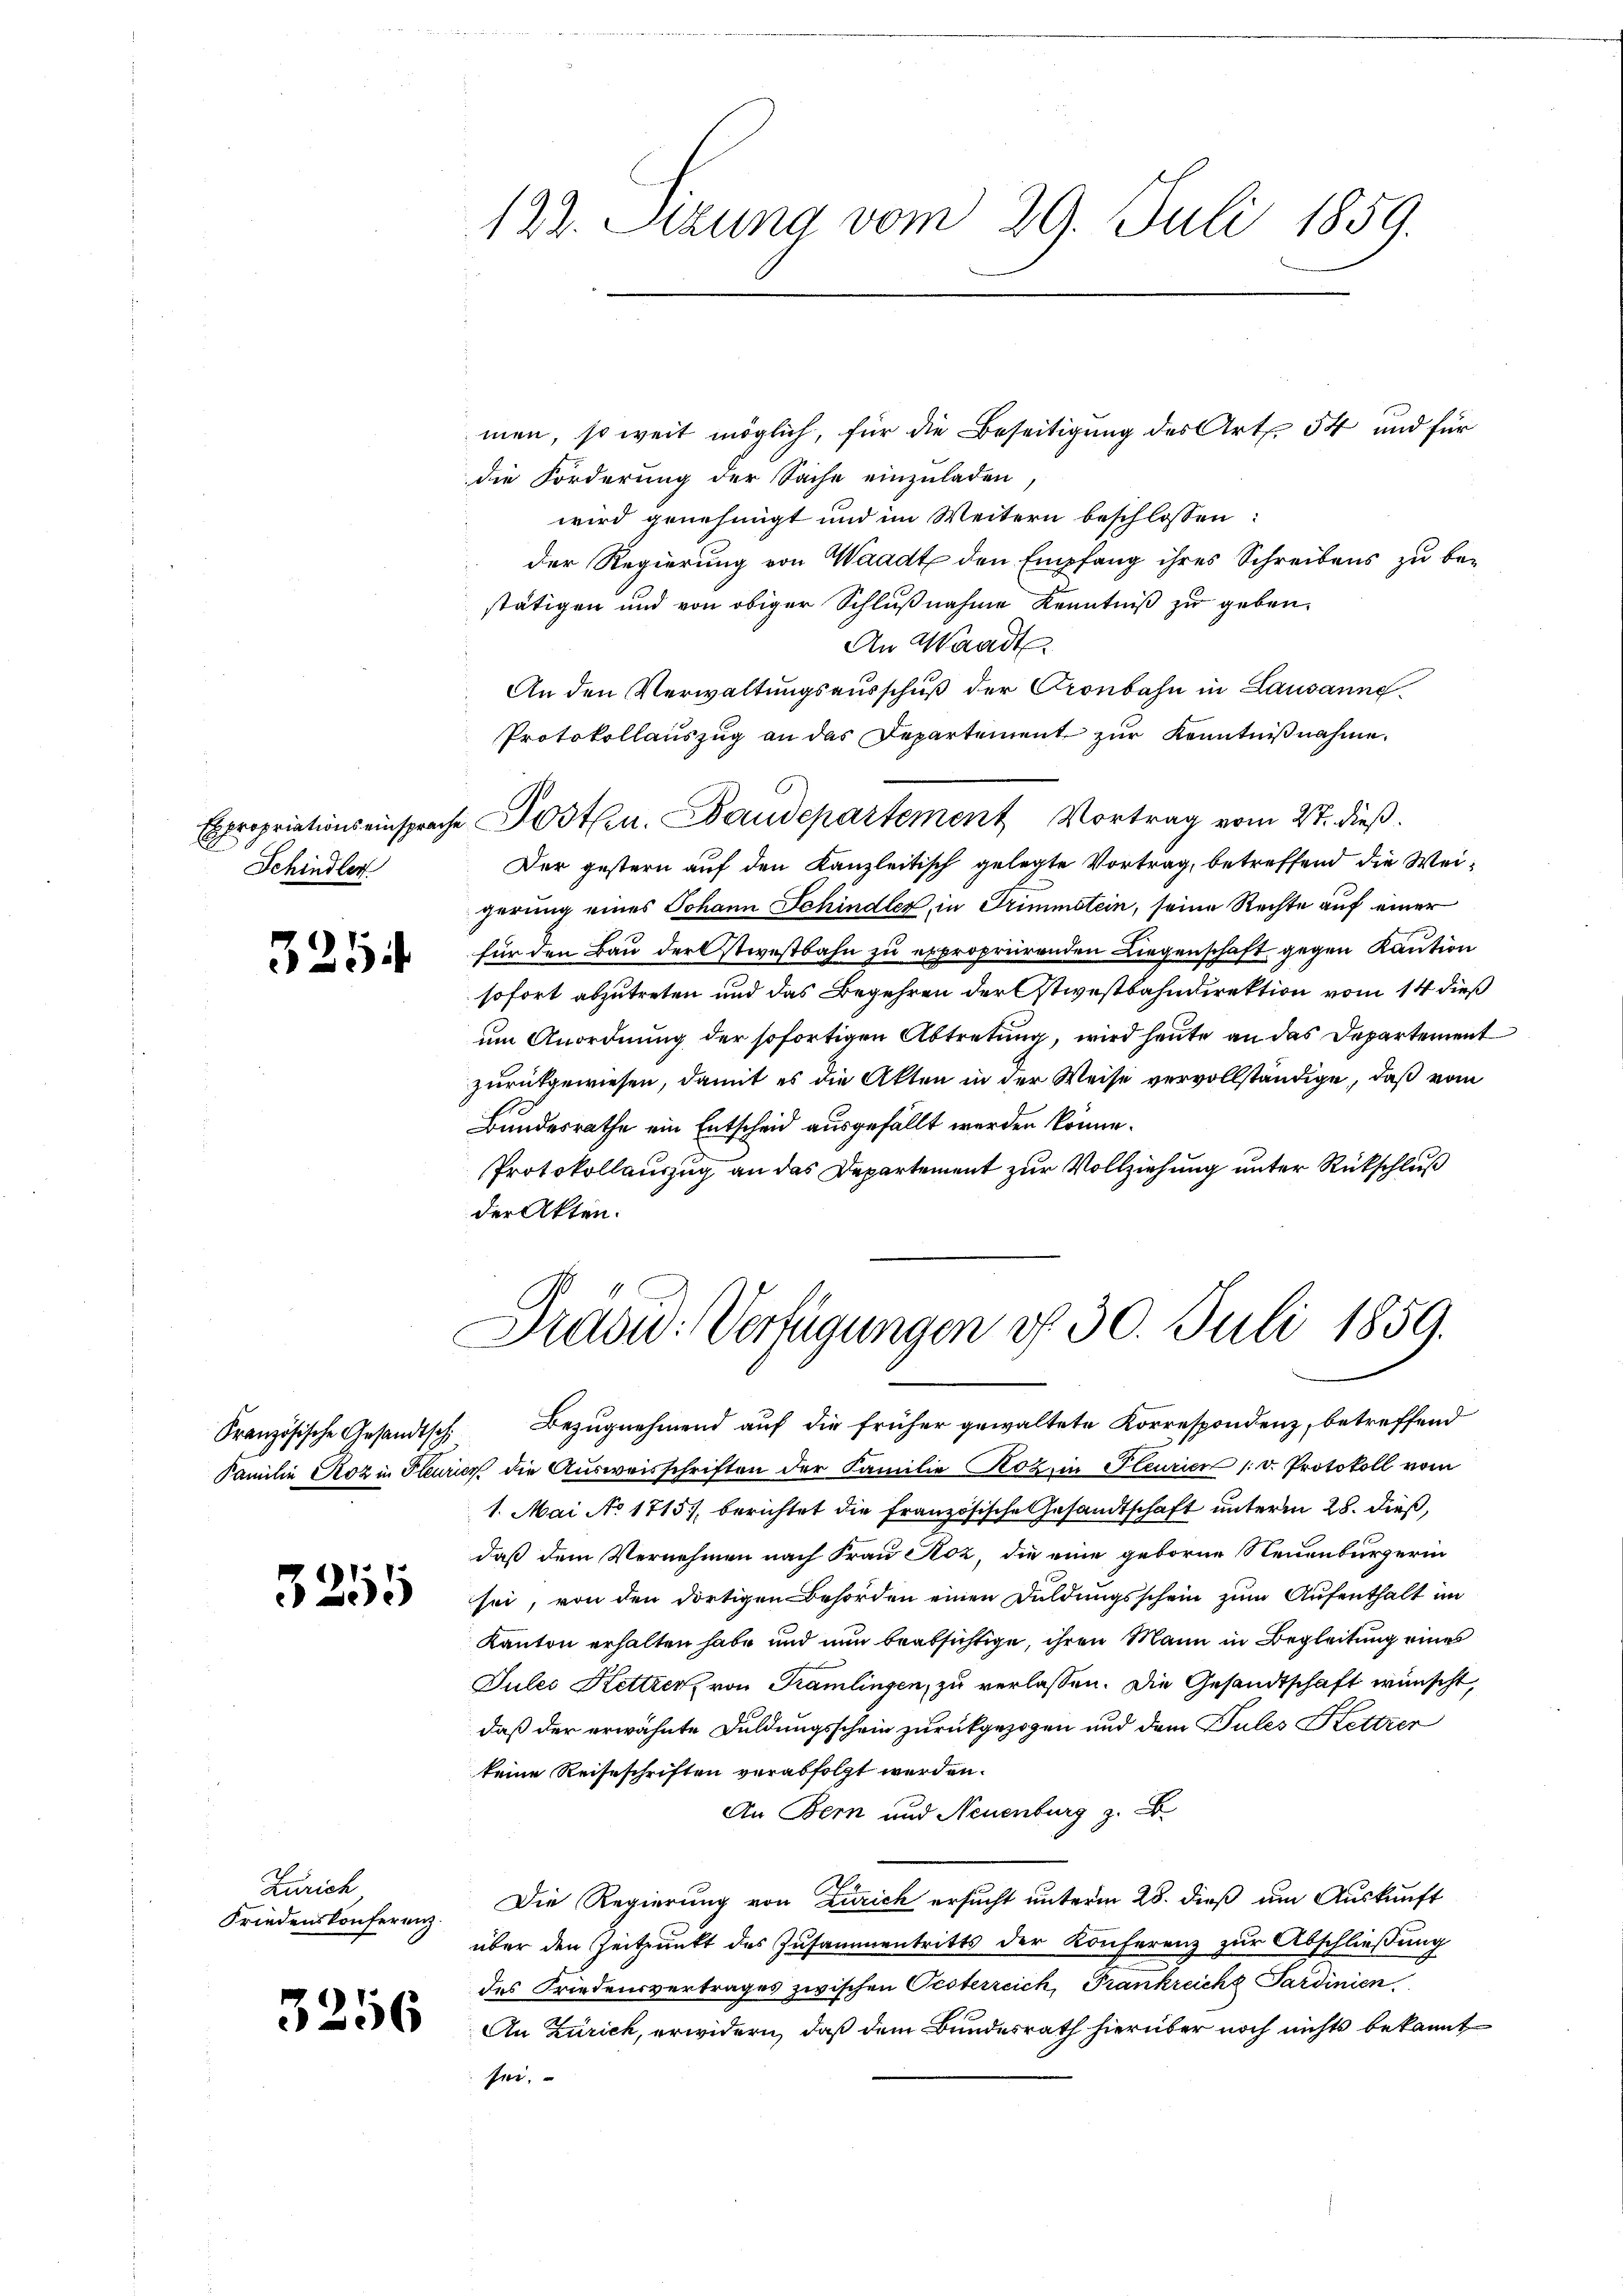
Schindler

3254

32115

Zürich
Friedenskonferenz.

3256

122. Setzung vom 29. Juli 1859.

men, so weit möglich, für die Beseitigung des Art. 54 und für
die Forderung der Sache einzuladen
wird genehmigt und im Weitern beschlossen:
 der Regierung von Waadt den Empfang ihres Schreibens zu be-
stätigen und von obiger Schlußnahme Kenntniß zu geben.
An Waadt
An den Verwaltungsausschuß der Gronbahn in Lausanne
Protokollauszug an das Departement zur Kenntnißnahme.
Expropriationseinsprache Posten. Baudepartement Vortrag vom 27. dieß.
Der gestern auf den Kanzleitisch gelegte Vortrag, betreffend die Weigerung eines Johann Schindler, in Trimmstein, seine Rechte auf einer
für den Bau der stiestbahn zu exproprirenden Liegenschaft gegen Kaution
sofort abzutreten und das Begehren der Ostwestbahndirektion vom 14 dieß
um Anordnung der sofortigen Abtretung, wird heute an das Departement
zurückgewiesen, damit es die Akten in der Weise vervollständige, daß vom
Bundesrathe ein Entscheid ausgefällt werden könne.
Protokollauszug an das Departement zur Vollziehung unter Rückschluß
der Akten.

Drdou: Verfügungen d. 30. Juli 1859.

Französische Gesandtsch. Bezugnehmend auf die früher gewaltete Korrespondenz, betreffend
Familie Koz in Florier die Ausweisschriften der Familie Kozi in Pleurien (v. Protokoll vom
1. Mai No 1715), berichtet die französische Gesandtschaft unterm 28. dieß,
daß dem Vernehmen nach Frau Koz, die eine geborne Neuenburgerin
sei, von den dortigen Behörden einen Duldungsschein zum Aufenthalt im
Kanton erhalten habe und nun beabsichtige, ihren Mann in Begleitung eines
Julei Ketter von Tramlingen, zu verlassen. Die Gesandtschaft wünscht,
daß der erwähnte Duldungsschein zurückgezogen und dem Pules Kettzer
keine Reiseschriften verabfolgt werden.
An Bern und Neuenburg z. B
Die Regierung von Zürich ersucht unterm 28. dieß um Auskunft
über den Zeitpunkt des Zusammentritts der Konferenz zur Abschließung
des Friedensvertrages zwischen Oesterreich, Frankreichz Sardinien.
An Zürich, erwidern, daß dem Bundesrath hierüber noch nichts bekannt
fer,